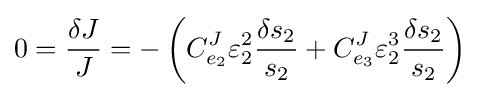
0={\frac {\delta J}{J}}=-\left(C_{e_{2}}^{J}\varepsilon _{2}^{2}{\frac {\delta s_{2}}{s_{2}}}+C_{e_{3}}^{J}\varepsilon _{2}^{3}{\frac {\delta s_{2}}{s_{2}}}\right)